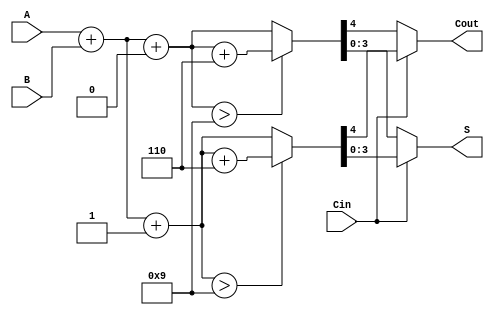
module BCD_MCSA (
    input  wire [3:0] A,      // BCD digit A
    input  wire [3:0] B,      // BCD digit B
    input  wire Cin,          // Carry-in
    output reg  [3:0] S,      // BCD sum
    output reg  Cout          // Carry-out
);

    wire [4:0] Sum0;          // Sum when Cin = 0
    wire [4:0] Sum1;          // Sum when Cin = 1
    wire [4:0] CorrectedSum0; // Corrected sum for Sum0
    wire [4:0] CorrectedSum1; // Corrected sum for Sum1
    wire Sum0_gt_9;           // Flag for Sum0 > 9
    wire Sum1_gt_9;           // Flag for Sum1 > 9

    // Calculate sums
    assign Sum0 = A + B + 0;  // Sum when Cin = 0
    assign Sum1 = A + B + 1;  // Sum when Cin = 1

    // BCD correction logic
    assign Sum0_gt_9 = Sum0 > 9;
    assign Sum1_gt_9 = Sum1 > 9;

    assign CorrectedSum0 = Sum0_gt_9 ? (Sum0 + 5'd6) : Sum0; // Add 6 if Sum0 > 9
    assign CorrectedSum1 = Sum1_gt_9 ? (Sum1 + 5'd6) : Sum1; // Add 6 if Sum1 > 9

    // Select the final sum and carry-out based on Cin
    always @(*) begin
        if (Cin) begin
            S = CorrectedSum1[3:0]; // Select corrected sum for Cin = 1
            Cout = CorrectedSum1[4]; // Carry-out from corrected sum
        end else begin
            S = CorrectedSum0[3:0]; // Select corrected sum for Cin = 0
            Cout = CorrectedSum0[4]; // Carry-out from corrected sum
        end
    end

endmodule